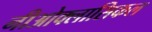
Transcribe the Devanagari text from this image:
नीओक्लासिकल